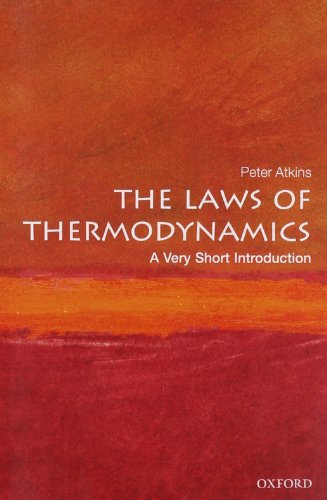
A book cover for The Laws of Thermodynamics: A Very Short Introduction; Peter Atkins; Science & Math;